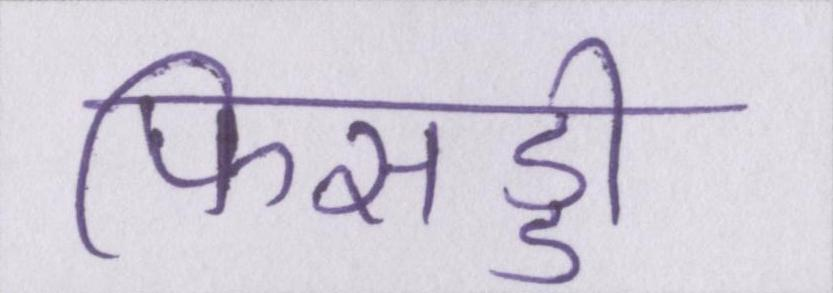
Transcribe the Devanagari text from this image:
फिसड्डी